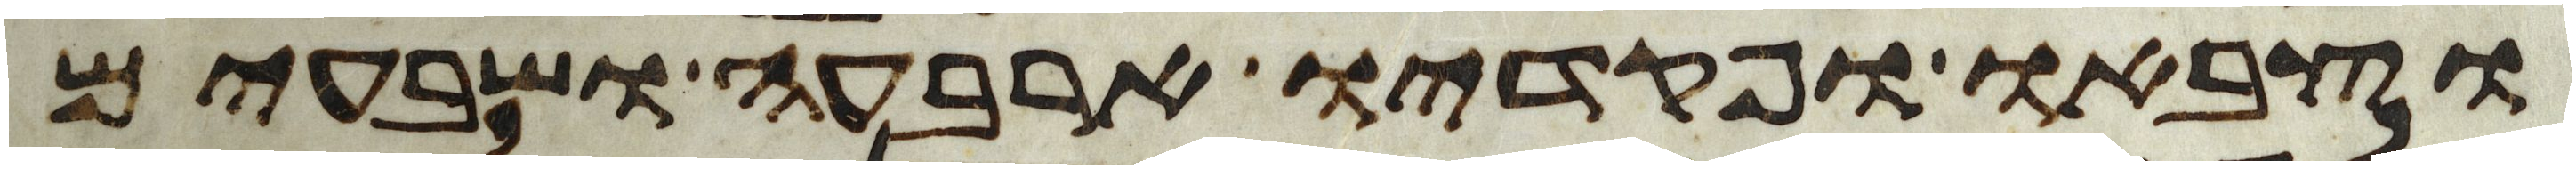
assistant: וצבאו ופקדיו ארבעה ושבעים